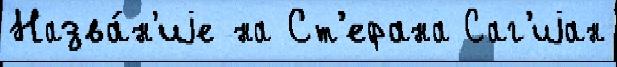
Назва́н'иjе на Ст'ефана Саг'иjан